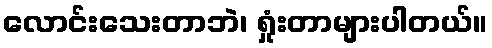
လောင်းသေးတာဘဲ၊ ရှုံးတာများပါတယ်။